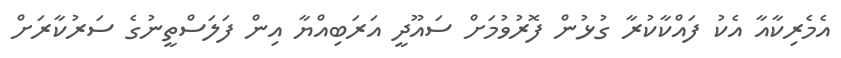
އެމެރިކާއާ އެކު ފައްކާކުރާ ގުޅުން ފޮރުވުމަށް ސައޫދީ އަރަބިއްޔާ އިން ފަލަސްތީނުގެ ސަރުކާރަށް